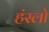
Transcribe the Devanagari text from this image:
हंस्लो